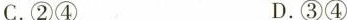
C.②④ D.③④